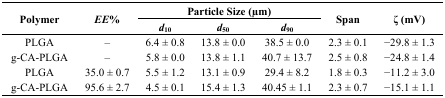
<table><thead><tr><td rowspan="2"><b>Polymer</b></td><td rowspan="2"><b><i>EE</i>%</b></td><td colspan="3"><b>Particle Size (μm)</b></td><td rowspan="2"><b>Span</b></td><td rowspan="2"><b>ζ (mV)</b></td></tr><tr><td><b><i>d</i><sub>10</sub></b></td><td><b><i>d</i><sub>50</sub></b></td><td><b><i>d</i><sub>90</sub></b></td></tr></thead><tbody><tr><td>PLGA</td><td>–</td><td>6.4 ± 0.8</td><td>13.8 ± 0.0</td><td>38.5 ± 0.0</td><td>2.3 ± 0.1</td><td>−29.8 ± 1.3</td></tr><tr><td>g-CA-PLGA</td><td>–</td><td>5.8 ± 0.0</td><td>13.8 ± 1.1</td><td>40.7 ± 13.7</td><td>2.5 ± 0.8</td><td>−24.8 ± 1.4</td></tr><tr><td>PLGA</td><td>35.0 ± 0.7</td><td>5.5 ± 1.2</td><td>13.1 ± 0.9</td><td>29.4 ± 8.2</td><td>1.8 ± 0.3</td><td>−11.2 ± 3.0</td></tr><tr><td>g-CA-PLGA</td><td>95.6 ± 2.7</td><td>4.5 ± 0.1</td><td>15.4 ± 1.3</td><td>40.45 ± 1.1</td><td>2.3 ± 0.7</td><td>−15.1 ± 1.1</td></tr></tbody></table>